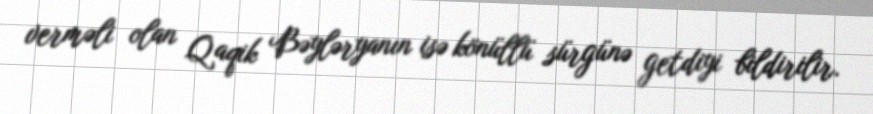
verməli olan Qaqik Bəyləryanın isə könüllü sürgünə getdiyi bildirilir.